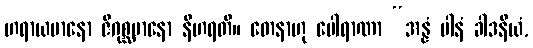
ဟရာယမာနော ဇိဂုစ္ဆမာနော နီဟရတိ။ တေနာဟု ပေါရာဏာ “အန္နံ ပါနံ ခါဒနီယံ,